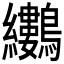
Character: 𪈜